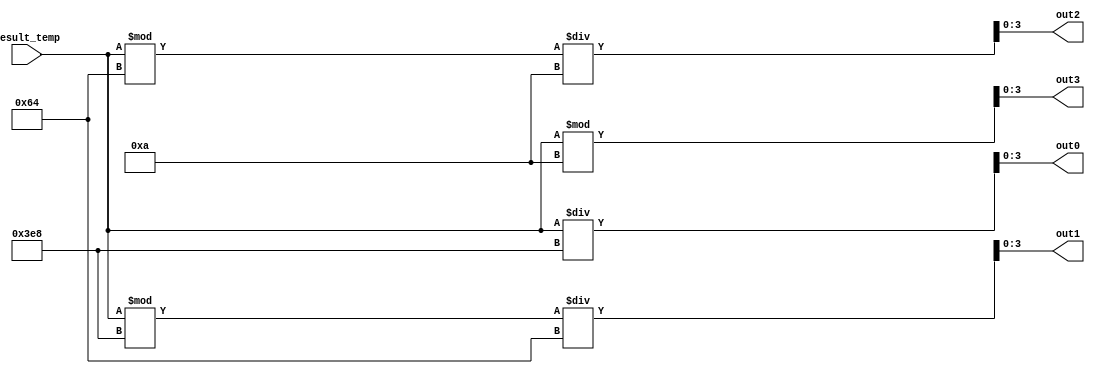
`timescale 1ns / 1ps
//////////////////////////////////////////////////////////////////////////////////
// Company: 
// Engineer: 
// 
// Design Name: 
// Module Name: converter
// Project Name: 
// Target Devices: 
// Tool Versions: 
// Description: 
// 
// Dependencies: 
// 
// Revision:
// Revision 0.01 - File Created
// Additional Comments:
// 
//////////////////////////////////////////////////////////////////////////////////


module converter(input[13:0] result_temp, output  [3:0]out0, out1, out2, out3);
    assign out0=result_temp / 1000;
    assign out1=((result_temp % 1000)/100);
   assign out2=(result_temp % 100)/10;
   assign out3=result_temp % 10;
   //9325
   // out0=     out1=3   out2=2  out3=5
endmodule